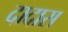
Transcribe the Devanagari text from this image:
दादास